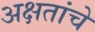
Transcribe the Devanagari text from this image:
अक्षतांचे